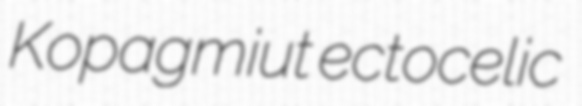
Kopagmiut ectocelic